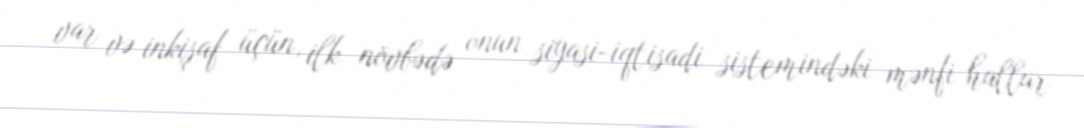
var və inkişaf üçün, ilk növbədə onun siyasi-iqtisadi sistemindəki mənfi hallar